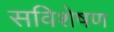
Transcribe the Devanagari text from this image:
सविशेषण